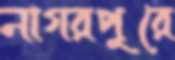
নাগরপুরে